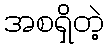
အစရှိတဲ့